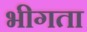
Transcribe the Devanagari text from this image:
भीगता